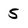
Character: 5